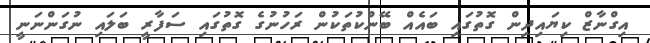
އިގްނާޒް ކިޔައިދިން ގޮތުގައި ބައެއް ބޭންކުތަކުން ރަހުނުގެ ގޮތުގައި ސަފާރީ ބަލައި ނުގަންނަނީ